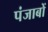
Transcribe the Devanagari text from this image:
पंजाबों